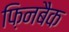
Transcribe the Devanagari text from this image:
फ़िनबैक